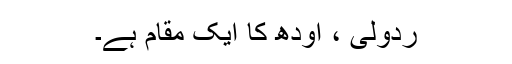
ردولی ، اودھ کا ایک مقام ہے۔